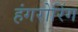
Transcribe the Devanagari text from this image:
हंगरोरिंग